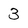
Character: 3